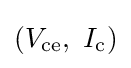
{\textstyle (V_{\text{ce}},\ I_{\text{c}})}